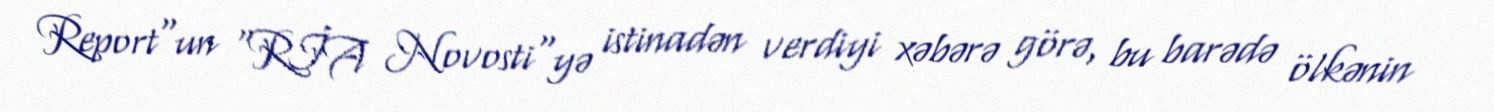
Report"un "RİA Novosti"yə istinadən verdiyi xəbərə görə, bu barədə ölkənin